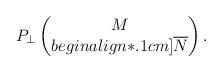
LaTeX: \begin{align*} P_{\perp} \begin{pmatrix} M \\begin{align*}.1cm] \overline{N} \end{pmatrix}.\end{align*}